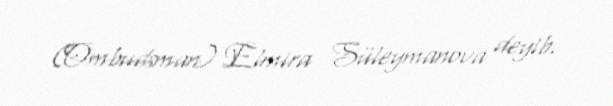
(Ombudsman) Elmira Süleymanova deyib.